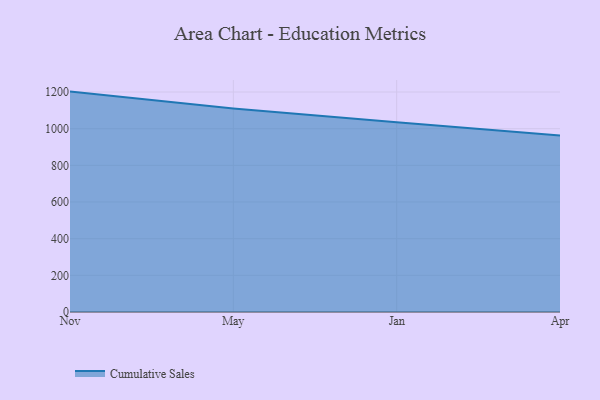
{"axis": {"x": "Month", "y": "Active Users"}, "legend": ["Cumulative Sales"], "data": [{"x": "Nov", "y": 1202.3, "type": "Cumulative Sales"}, {"x": "May", "y": 1110.4, "type": "Cumulative Sales"}, {"x": "Jan", "y": 1034.5, "type": "Cumulative Sales"}, {"x": "Apr", "y": 962.4, "type": "Cumulative Sales"}]}